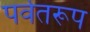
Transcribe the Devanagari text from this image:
पर्वतरूप